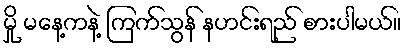
မှို မနေ့ကနဲ့ ကြက်သွန် နဟင်းရည် စားပါမယ်။